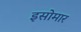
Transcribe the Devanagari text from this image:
इसोमार